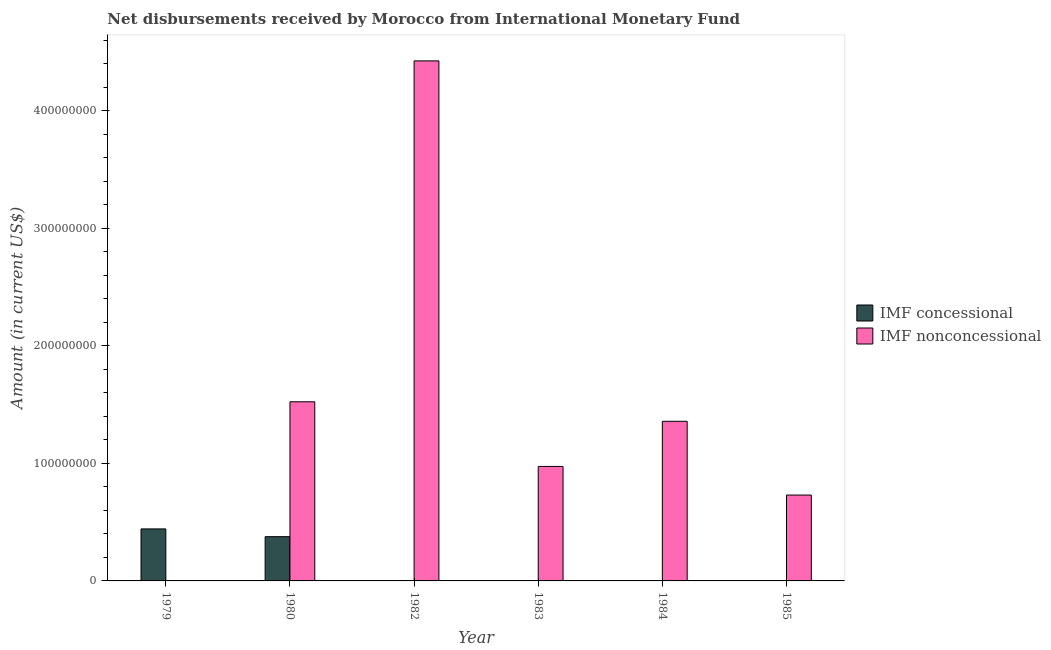
| Year | IMF concessional | IMF nonconcessional |
 | --- | --- | --- |
 | 1979 | 4.42e+07 | -3e+07 |
 | 1980 | 3.77e+07 | 1.52e+08 |
 | 1982 | -6.61e+05 | 4.42e+08 |
 | 1983 | -3.38e+06 | 9.74e+07 |
 | 1984 | -1.11e+07 | 1.36e+08 |
 | 1985 | -1.89e+07 | 7.3e+07 |